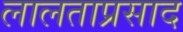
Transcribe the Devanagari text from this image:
लालताप्रसाद